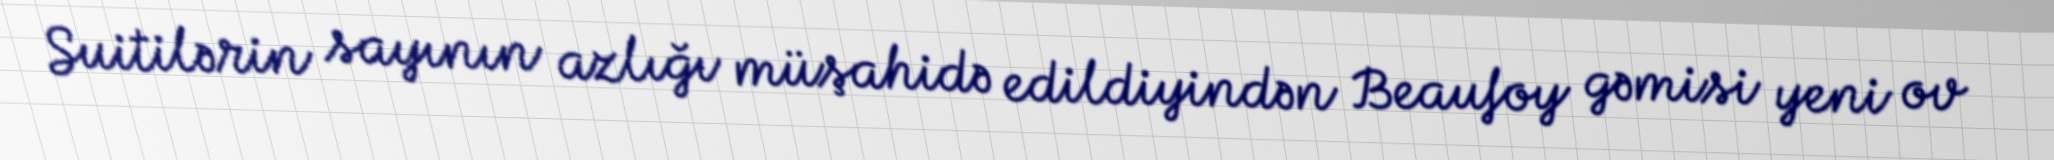
Suitilərin sayının azlığı müşahidə edildiyindən Beaufoy gəmisi yeni ov